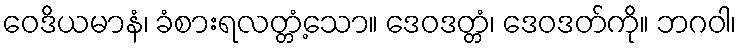
ဝေဒိယမာနံ၊ ခံစားရလတ္တံ့သော။ ဒေဝဒတ္တံ၊ ဒေဝဒတ်ကို။ ဘဂဝါ၊